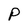
Character: P